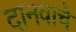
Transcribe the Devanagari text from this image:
दानवाचे